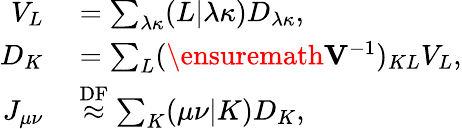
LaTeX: \begin{array}{rl}{V_{L}}&{{}=\sum_{\lambda\kappa}(L\vert\lambda\kappa)D_{\lambda\kappa},}\\ {D_{K}}&{{}=\sum_{L}(\ensuremath\mathbf{V}^{-1})_{KL}V_{L},}\\ {J_{\mu\nu}}&{{}\overset{\mathrm{DF}}{\approx}\sum_{K}(\mu\nu\vert K)D_{K},}\end{array}